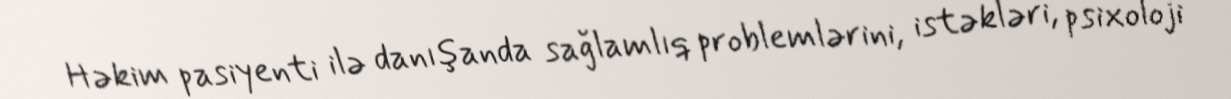
Həkim pasiyenti ilə danışanda sağlamlıq problemlərini, istəkləri, psixoloji